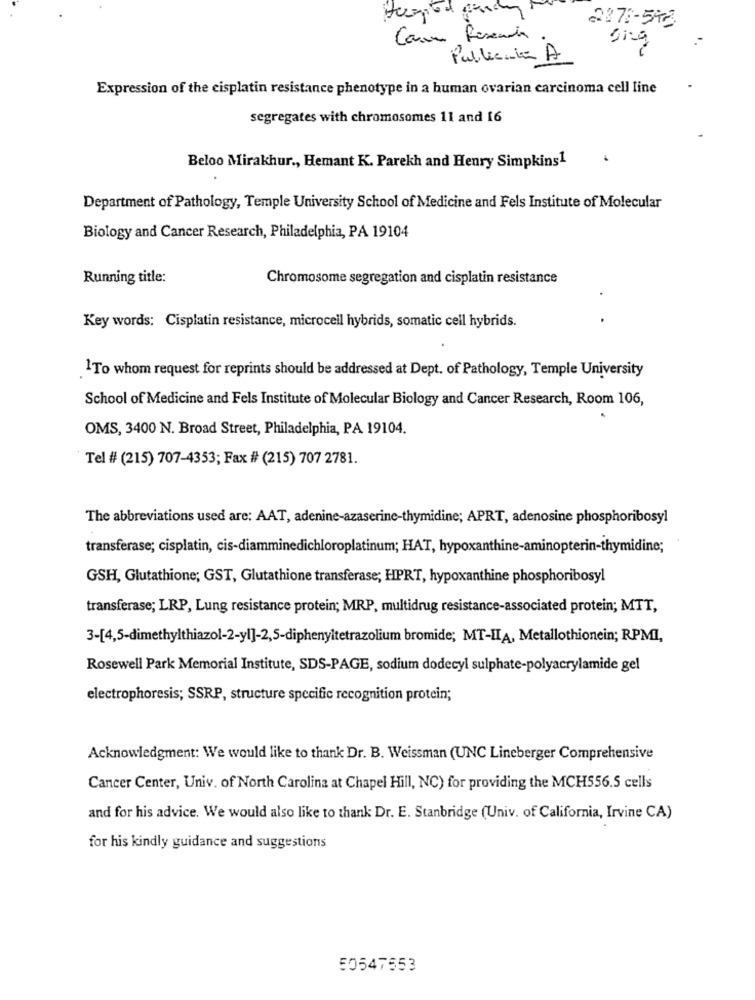
2275-512
Car Pescada
Publicita A
Expression of the cisplatin resistance phenotype in a human ovarian carcinoma cell line
segregates with chromosomes 11 and 16
Beloo Mirakhur ., Hemant K. Parekh and Henry Simpkins1
Department of Pathology, Temple University School of Medicine and Fels Institute of Molecular
Biology and Cancer Research, Philadelphia, PA 19104
Running title:
Chromosome segregation and cisplatin resistance
Key words: Cisplatin resistance, microcell hybrids, somatic cell hybrids.
1To whom request for reprints should be addressed at Dept. of Pathology, Temple University
School of Medicine and Fels Institute of Molecular Biology and Cancer Research, Room 106,
OMS, 3400 N. Broad Street, Philadelphia, PA 19104.
Tel # (215) 707-4353; Fax # (215) 707 2781.
The abbreviations used are: AAT, adenine-azaserine-thymidine; APRT, adenosine phosphoribosyl
transferase; cisplatin, cis-diamminedichloroplatinum; HAT, hypoxanthine-aminopterin-thymidine;
GSH, Glutathione; GST, Glutathione transferase; HPRT, hypoxanthine phosphoribosyl
transferase; LRP, Lung resistance protein; MRP, multidrug resistance-associated protein; MTT,
3-[4,5-dimethylthiazol-2-yl]-2,5-diphenyltetrazolium bromide; MT-IIA, Metallothionein; RPMI,
Rosewell Park Memorial Institute, SDS-PAGE, sodium dodecyl sulphate-polyacrylamide gel
electrophoresis; SSRP, structure specific recognition protein;
Acknowledgment: We would like to thank Dr. B. Weissman (UNC Lineberger Comprehensive
Cancer Center, Univ. of North Carolina at Chapel Hill, NC) for providing the MCH556.5 cells
and for his advice. We would also like to thank Dr. E. Stanbridge (Univ. of California, Irvine CA)
for his kindly guidance and suggestions
50547553